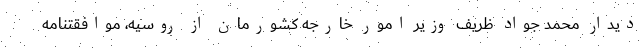
دیدار محمد جواد ظریف وزیر امور خارجه کشورمان از روسیه، موافقتنامه